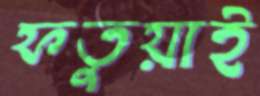
ফতুয়াই